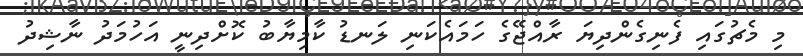
މި މެޗުގައި ފެނިގެންދިޔަ ރާއްޖޭގެ ހަމައެކަނި ލަނޑު ކާމިޔާބު ކޮށްދިނީ އަހުމަދު ނާޝިދު